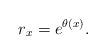
LaTeX: \begin{align*}r_{x}=e^{\theta(x)}.\end{align*}